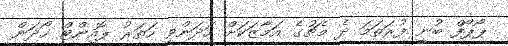
ޕޯޕޯފް ބުނީ ފުރަތަމަ ދެ މެޗުގެ އަމާޒަކަށް ހަދަންވީ ހަތަރު ޕޮއިންޓް ހޯދަން